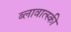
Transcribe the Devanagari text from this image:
ब्लावात्स्की